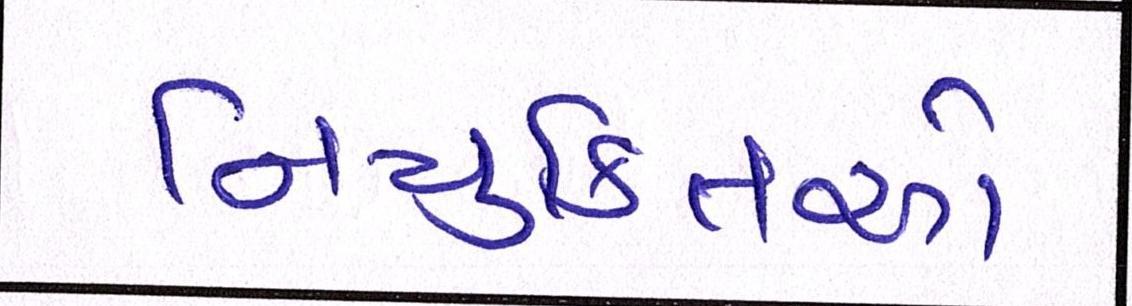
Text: નિયુક્તિઓ